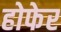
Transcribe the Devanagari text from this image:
होफेर